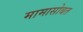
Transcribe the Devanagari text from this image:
मामासोबत